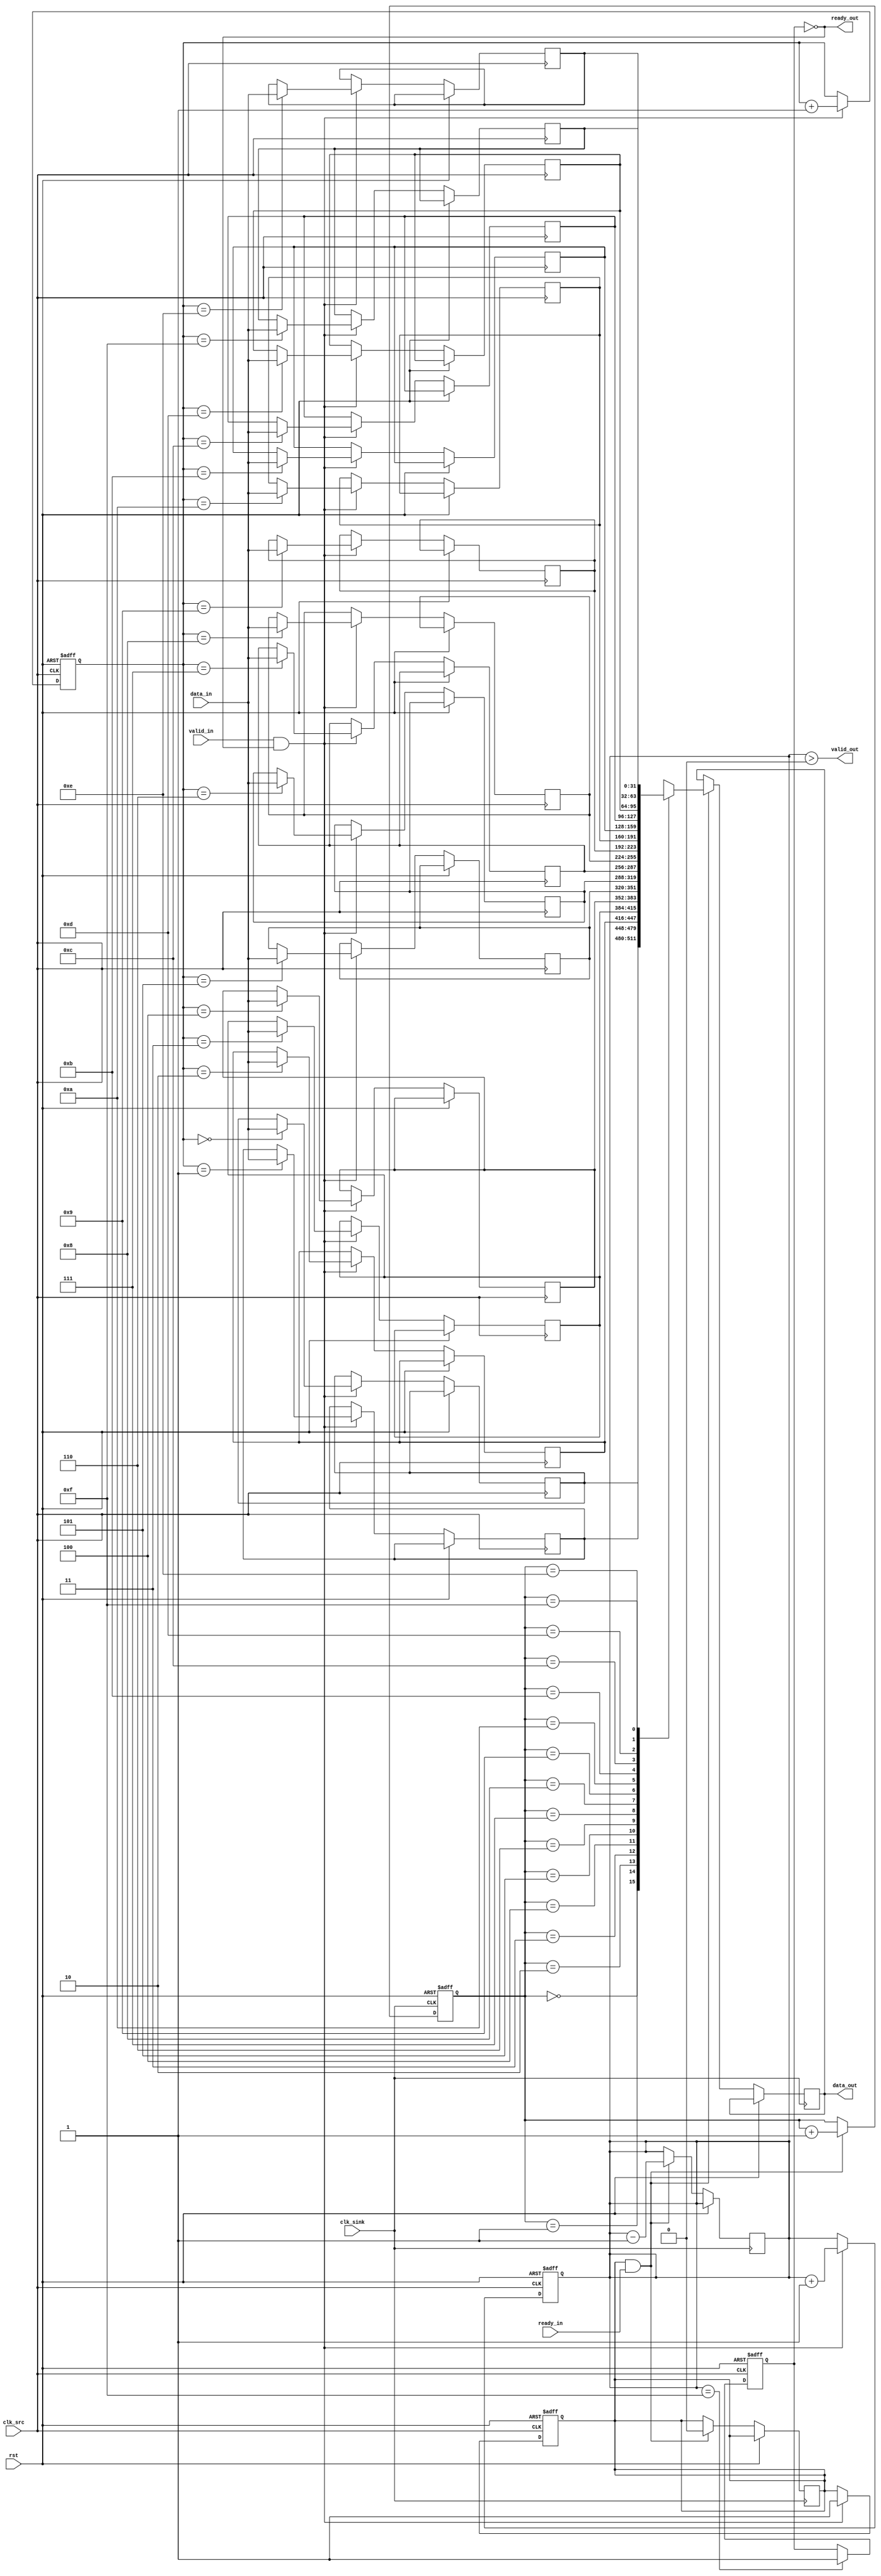
module burst_mode_synchronizer #(
    parameter DATA_WIDTH = 32,
    parameter FIFO_DEPTH = 16
)(
    input  wire clk_src,             // Source clock (e.g., CPU clock)
    input  wire clk_sink,            // Sink clock (e.g., Memory Controller clock)
    input  wire rst,                 // Reset signal
    input  wire [DATA_WIDTH-1:0] data_in,   // Input data from source
    input  wire valid_in,            // Valid signal for input data
    output wire ready_out,           // Ready signal for source
    output wire [DATA_WIDTH-1:0] data_out,  // Output data to sink
    output wire valid_out,           // Valid signal for output data
    input  wire ready_in              // Ready signal for sink
);

    // FIFO signals
    reg [DATA_WIDTH-1:0] fifo [0:FIFO_DEPTH-1];
    reg [$clog2(FIFO_DEPTH)-1:0] write_ptr, read_ptr;
    reg [3:0] fifo_count;

    // Handshake signals
    reg valid_fifo;
    reg fifo_full, fifo_empty;

    // Control signals
    reg burst_active;
    reg sync_valid;
    
    // Reset logic
    always @(posedge clk_src or posedge rst) begin
        if (rst) begin
            write_ptr <= 0;
            fifo_count <= 0;
            valid_fifo <= 0;
            fifo_full <= 0;
            burst_active <= 0;
        end else begin
            if (valid_in && !fifo_full) begin
                fifo[write_ptr] <= data_in;
                write_ptr <= write_ptr + 1;
                valid_fifo <= 1;
            end
            
            // Update FIFO count
            if (valid_in && !fifo_full) begin
                fifo_count <= fifo_count + 1;
            end
            
            // If FIFO is not full, mark it full
            if (fifo_count == FIFO_DEPTH - 1) begin
                fifo_full <= 1;
            end
            
            // If FIFO has data, mark it as not empty
            if (fifo_count > 0) begin
                fifo_empty <= 0;
            end
        end
    end
    
    // Sink Domain Logic
    always @(posedge clk_sink or posedge rst) begin
        if (rst) begin
            read_ptr <= 0;
            burst_active <= 0;
            sync_valid <= 0;
        end else begin
            // Handshake and read data
            if (valid_fifo && ready_in) begin
                data_out <= fifo[read_ptr];
                valid_fifo <= 0;  // Clear valid signal after reading
                read_ptr <= read_ptr + 1;
                fifo_count <= fifo_count - 1;                
            end
            
            // Check if FIFO is empty
            if (fifo_count == 0) begin
                fifo_empty <= 1;
                burst_active <= 0; // Stop burst if no data
            end else begin
                burst_active <= 1;  // Continue burst
                fifo_empty <= 0;
            end
        end
    end
    
    // Valid and Ready signal generation
    assign valid_out = (fifo_count > 0);
    assign ready_out = !fifo_full;

endmodule